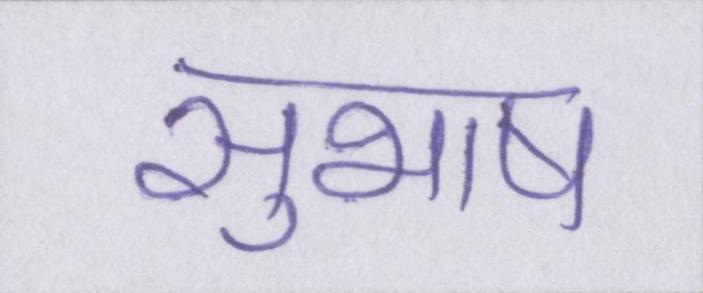
सुभाष